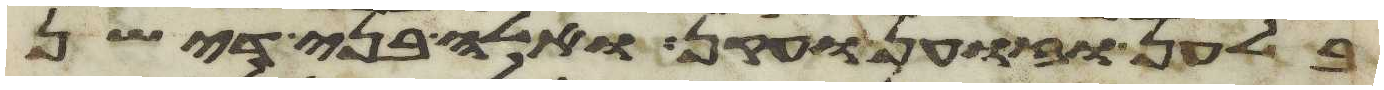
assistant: בלהן וזוען ועקן ואלה בני דישן